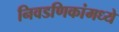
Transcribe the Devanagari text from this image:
निवडणिकांमध्ये